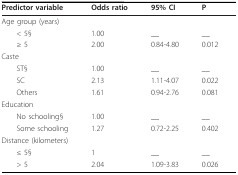
| Predictor variable | Odds ratio | 95% CI | P |
 | --- | --- | --- | --- |
 | Age group (years) |  |  |  |
 | < 5§ | 1.00 | __ | __ |
 | ≥ 5 | 2.00 | 0.84-4.80 | 0.012 |
 | Caste |  |  |  |
 | ST§ | 1.00 | __ | __ |
 | SC | 2.13 | 1.11-4.07 | 0.022 |
 | Others | 1.61 | 0.94-2.76 | 0.081 |
 | Education |  |  |  |
 | No schooling§ | 1.00 | __ | __ |
 | Some schooling | 1.27 | 0.72-2.25 | 0.402 |
 | Distance (kilometers) |  |  |  |
 | ≤ 5§ | 1 | __ | __ |
 | > 5 | 2.04 | 1.09-3.83 | 0.026 |